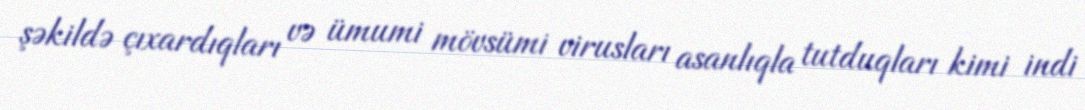
şəkildə çıxardıqları və ümumi mövsümi virusları asanlıqla tutduqları kimi indi